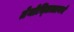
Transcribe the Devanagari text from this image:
तेनोच्तित्लानचे